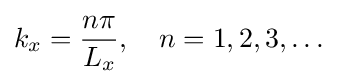
k_{x}={\frac {n\pi }{L_{x}}},\quad n=1,2,3,\dots